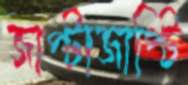
জাপ্টাজাপ্টি